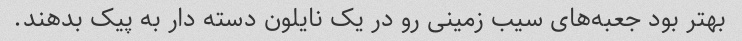
بهتر بود جعبه‌های سیب زمینی رو در یک نایلون دسته دار به پیک بدهند.